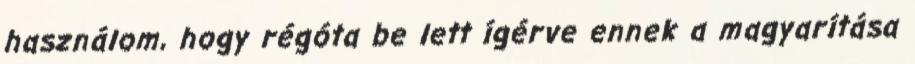
használom, hogy régóta be lett ígérve ennek a magyarítása